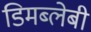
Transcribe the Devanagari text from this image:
डिमब्लेबी